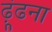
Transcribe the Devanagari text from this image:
ढ़ूंढना